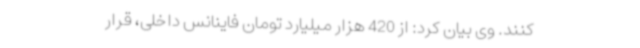
کنند. وی بیان کرد:‌ از 420 هزار میلیارد تومان فاینانس داخلی‌، قرار